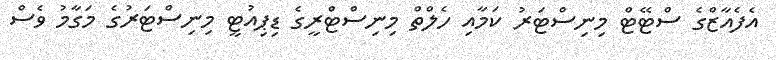
އެފެއާޒްގެ ސްޓޭޓް މިނިސްޓަރު ކަމާއި ހެލްތް މިނިސްޓްރީގެ ޑިޕިއުޓީ މިނިސްޓަރުގެ މަގާމު ވެސް